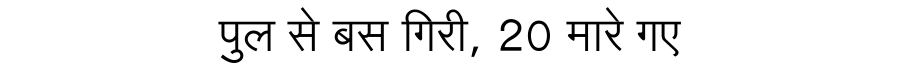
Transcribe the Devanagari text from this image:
पुल से बस गिरी, 20 मारे गए